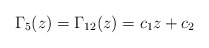
\begin{align*}\Gamma_{5}(z)=\Gamma_{12}(z)=c_{1}z+c_{2} \end{align*}